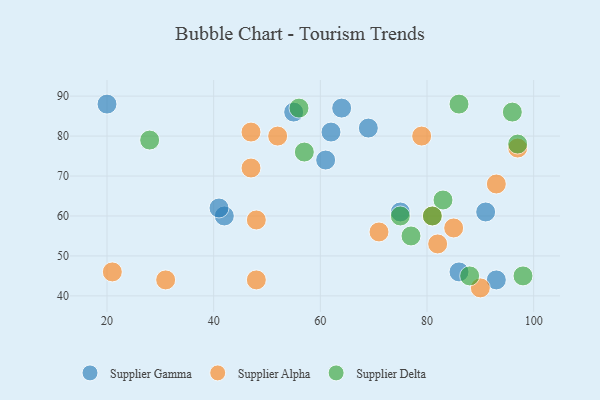
{"axis": {"x": "GDP", "y": "Life Expectancy"}, "legend": ["Supplier Alpha", "Supplier Delta", "Supplier Gamma"], "data": [{"x": "69", "y": 82, "type": "Supplier Gamma"}, {"x": "20", "y": 88, "type": "Supplier Gamma"}, {"x": "42", "y": 60, "type": "Supplier Gamma"}, {"x": "93", "y": 44, "type": "Supplier Gamma"}, {"x": "86", "y": 46, "type": "Supplier Gamma"}, {"x": "91", "y": 61, "type": "Supplier Gamma"}, {"x": "64", "y": 87, "type": "Supplier Gamma"}, {"x": "62", "y": 81, "type": "Supplier Gamma"}, {"x": "75", "y": 61, "type": "Supplier Gamma"}, {"x": "55", "y": 86, "type": "Supplier Gamma"}, {"x": "41", "y": 62, "type": "Supplier Gamma"}, {"x": "61", "y": 74, "type": "Supplier Gamma"}, {"x": "81", "y": 60, "type": "Supplier Alpha"}, {"x": "85", "y": 57, "type": "Supplier Alpha"}, {"x": "97", "y": 77, "type": "Supplier Alpha"}, {"x": "31", "y": 44, "type": "Supplier Alpha"}, {"x": "52", "y": 80, "type": "Supplier Alpha"}, {"x": "47", "y": 72, "type": "Supplier Alpha"}, {"x": "82", "y": 53, "type": "Supplier Alpha"}, {"x": "79", "y": 80, "type": "Supplier Alpha"}, {"x": "48", "y": 44, "type": "Supplier Alpha"}, {"x": "93", "y": 68, "type": "Supplier Alpha"}, {"x": "21", "y": 46, "type": "Supplier Alpha"}, {"x": "90", "y": 42, "type": "Supplier Alpha"}, {"x": "47", "y": 81, "type": "Supplier Alpha"}, {"x": "71", "y": 56, "type": "Supplier Alpha"}, {"x": "48", "y": 59, "type": "Supplier Alpha"}, {"x": "56", "y": 87, "type": "Supplier Delta"}, {"x": "83", "y": 64, "type": "Supplier Delta"}, {"x": "86", "y": 88, "type": "Supplier Delta"}, {"x": "88", "y": 45, "type": "Supplier Delta"}, {"x": "97", "y": 78, "type": "Supplier Delta"}, {"x": "98", "y": 45, "type": "Supplier Delta"}, {"x": "75", "y": 60, "type": "Supplier Delta"}, {"x": "77", "y": 55, "type": "Supplier Delta"}, {"x": "81", "y": 60, "type": "Supplier Delta"}, {"x": "96", "y": 86, "type": "Supplier Delta"}, {"x": "57", "y": 76, "type": "Supplier Delta"}, {"x": "28", "y": 79, "type": "Supplier Delta"}]}